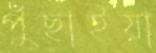
পুঁছাইয়া